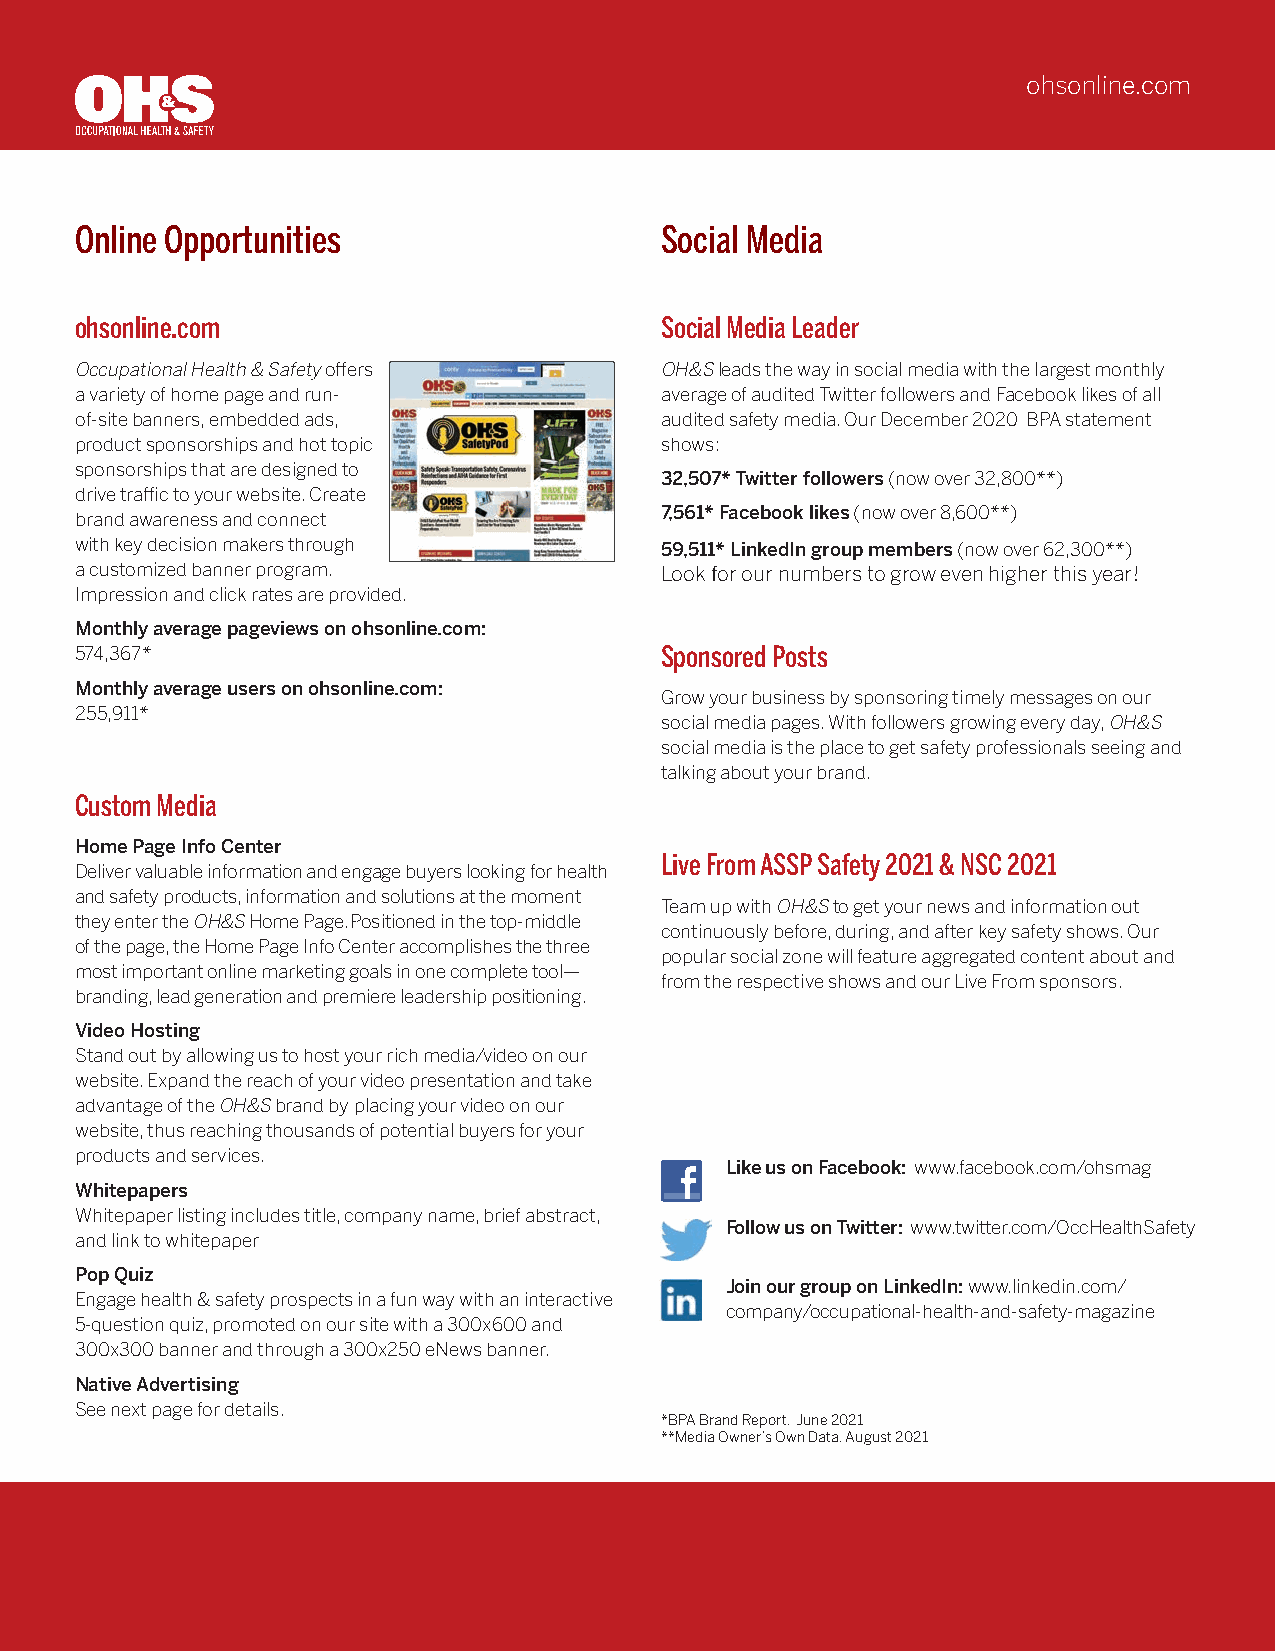
ohsonline.com
 Online Opportunities                   Social Media
 ohsonline.com                          Social Media Leader
 Occupational Health & Safety offers    OH&S leads the way in social media with the largest monthly
 a variety of home page and run-        average of audited Twitter followers and Facebook likes of all
 of-site banners, embedded ads,         audited safety media. Our December 2020 BPA statement
 product sponsorships and hot topic     shows:
 sponsorships that are designed to
 32,507* Twitter followers (now over 32,800**)
 drive traffic to your website. Create
 brand awareness and connect            7,561* Facebook likes (now over 8,600**)
 with key decision makers through       59,511* LinkedIn group members (now over 62,300**)
 a customized banner p rogram.          Look for our numbers to grow even higher this year!
 Impression and click rates are provided.
 Monthly average pageviews on ohsonline.com:
 574,367*                               Sponsored Posts
 Monthly average users on ohsonline.com:
 Grow your business by sponsoring timely messages on our
 255,911*
 social media pages. With followers growing every day, OH&S
 social media is the place to get safety professionals seeing and
 talking about your brand.
 Custom Media
 Home Page Info Center
 Live From ASSP Safety 2021 & NSC 2021
 Deliver valuable information and engage buyers l ooking for health
 and safety products, information and s olutions at the moment
 Team up with OH&S to get your news and information out
 they enter the OH&S Home Page. P ositioned in the top-middle
 continuously before, during, and after key safety shows. Our
 of the page, the Home Page Info Center accomplishes the three
 popular social zone will feature aggregated content about and
 most i mportant online marketing goals in one complete tool—
 from the respective shows and our Live From sponsors.
 branding, lead generation and premiere leadership positioning.
 Video Hosting
 Stand out by allowing us to host your rich media/video on our
 website. Expand the reach of your video presentation and take
 advantage of the OH&S brand by placing your video on our
 website, thus reaching thousands of potential buyers for your
 products and services.
 Like us on Facebook: www.facebook.com/ohsmag
 Whitepapers
 Whitepaper listing includes title, company name, brief abstract,
 Follow us on Twitter: www.twitter.com/OccHealthSafety
 and link to whitepaper
 Pop Quiz
 Join our group on LinkedIn: www.linkedin.com/
 Engage health & safety prospects in a fun way with an interactive
 company/occupational-health-and-safety-magazine
 5-question quiz, promoted on our site with a 300x600 and
 300x300 banner and through a 300x250 eNews banner.
 Native Advertising
 See next page for details.
 *BPA Brand Report, June 2021
 **Media Owner’s Own Data, August 2021